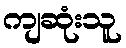
ကျဆုံးသူ